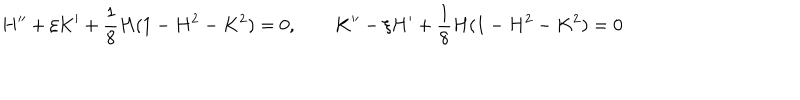
H ^ { \prime \prime } + \xi K ^ { \prime } + \frac 1 8 H ( 1 - H ^ { 2 } - K ^ { 2 } ) = 0 , \qquad K ^ { \prime \prime } - \xi H ^ { \prime } + \frac 1 8 H ( 1 - H ^ { 2 } - K ^ { 2 } ) = 0